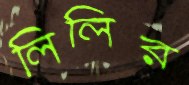
লিলির